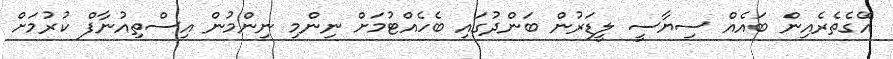
އޭގެތެރެއިން ބައެއް ސިޔާސީ ލީޑަރުން ބަންދުގައި ބެހެއްޓުމަށް ނިންމި ނިންމުން އިސްތިއުނާފް ކުރުމަށް